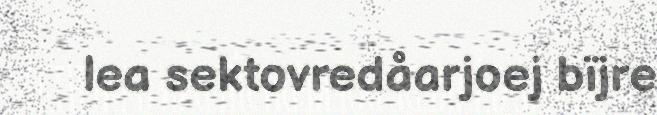
lea sektovredåarjoej bïjre